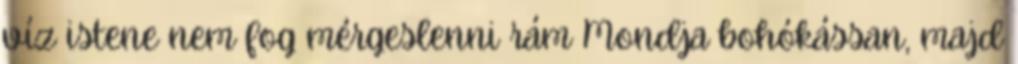
víz istene nem fog mérgeslenni rám Mondja bohókássan, majd